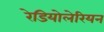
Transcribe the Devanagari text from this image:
रेडियोलेरियन